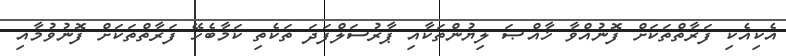
އެކިއެކި ފަރާތްތަކަށް ފޮނުއްވާ ޚާއްޞަ ލިޔުންތަކާއި ޕާރުސަލްފަދަ ތަކެތި ކަމާބެހޭ ފަރާތްތަކަށް ފޮނުވުމާއި